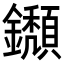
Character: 𨯸